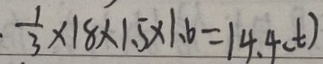
\frac { 1 } { 3 } \times 1 8 \times 1 . 5 \times 1 . 6 = 1 4 . 4 ( t )